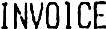
INVOICE